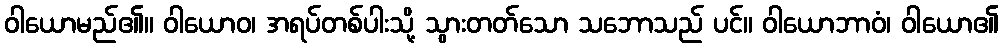
ဝါယောမည်၏။ ဝါယောဝ၊ အရပ်တစ်ပါးသို့ သွားတတ်သော သဘောသည် ပင်။ ဝါယောဘာဝံ၊ ဝါယော၏